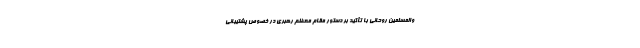
والمسلمین روحانی با تأکید بر دستور مقام معظم رهبری در خصوص پشتیبانی